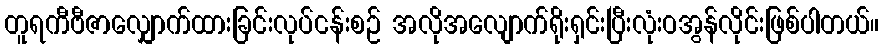
တူရကီဗီဇာလျှောက်ထားခြင်းလုပ်ငန်းစဉ် အလိုအလျောက်ရိုးရှင်းပြီးလုံးဝအွန်လိုင်းဖြစ်ပါတယ်။